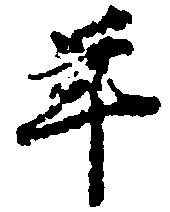
年